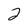
Character: 2